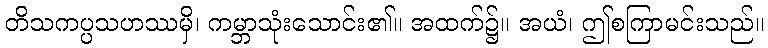
တိသကပ္ပသဟဿမှိ၊ ကမ္ဘာသုံးသောင်း၏။ အထက်၌။ အယံ၊ ဤစကြာမင်းသည်။